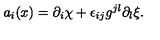
a _ { i } ( x ) = \partial _ { i } \chi + \epsilon _ { i j } g ^ { j l } \partial _ { l } \xi .